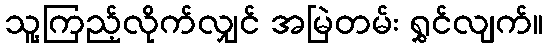
သူ့ကြည့်လိုက်လျှင် အမြဲတမ်း ရွှင်လျက်။